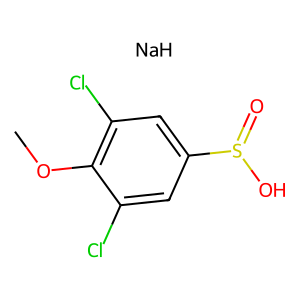
SMILES: COc1c(Cl)cc(S(=O)O)cc1Cl.[NaH]
Inhibits HIV replication: No